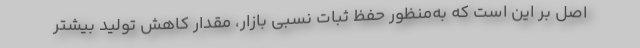
اصل بر این است که به‌منظور حفظ ثبات نسبی بازار، مقدار کاهش تولید بیشتر